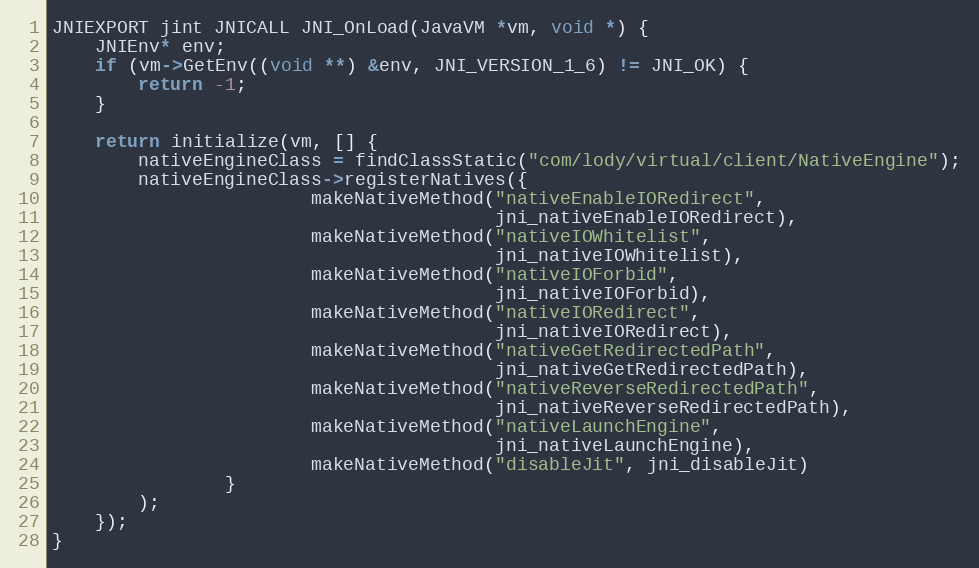
Language: C++
JNIEXPORT jint JNICALL JNI_OnLoad(JavaVM *vm, void *) {
    JNIEnv* env;
    if (vm->GetEnv((void **) &env, JNI_VERSION_1_6) != JNI_OK) {
        return -1;
    }

    return initialize(vm, [] {
        nativeEngineClass = findClassStatic("com/lody/virtual/client/NativeEngine");
        nativeEngineClass->registerNatives({
                        makeNativeMethod("nativeEnableIORedirect",
                                         jni_nativeEnableIORedirect),
                        makeNativeMethod("nativeIOWhitelist",
                                         jni_nativeIOWhitelist),
                        makeNativeMethod("nativeIOForbid",
                                         jni_nativeIOForbid),
                        makeNativeMethod("nativeIORedirect",
                                         jni_nativeIORedirect),
                        makeNativeMethod("nativeGetRedirectedPath",
                                         jni_nativeGetRedirectedPath),
                        makeNativeMethod("nativeReverseRedirectedPath",
                                         jni_nativeReverseRedirectedPath),
                        makeNativeMethod("nativeLaunchEngine",
                                         jni_nativeLaunchEngine),
                        makeNativeMethod("disableJit", jni_disableJit)
                }
        );
    });
}